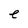
Character: e